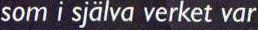
som i själva verket var